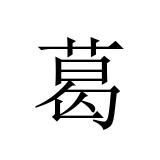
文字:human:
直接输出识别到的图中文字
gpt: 葛